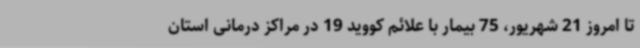
تا امروز 21 شهریور، 75 بیمار با علائم کووید 19 در مراکز درمانی استان